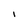
Character: I